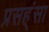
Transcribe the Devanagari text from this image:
प्रसह्ंसा